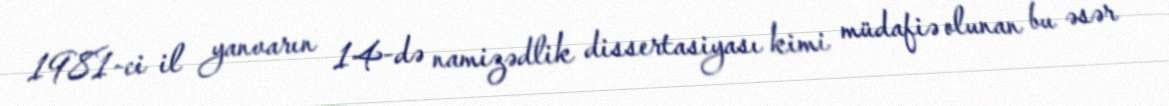
1981-ci il yanvarın 14-də namizədlik dissertasiyası kimi müdafiə olunan bu əsər